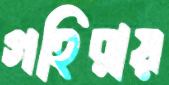
গহিরায়